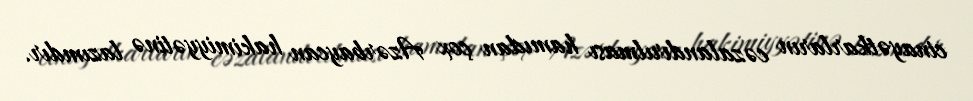
cinayətkarların cəzalandırılması hamıdan çox Azərbaycan hakimiyyətinə lazımdır.